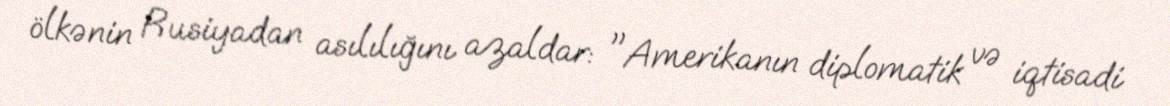
ölkənin Rusiyadan asılılığını azaldar: "Amerikanın diplomatik və iqtisadi